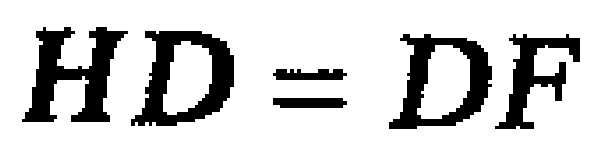
$HD = DF$